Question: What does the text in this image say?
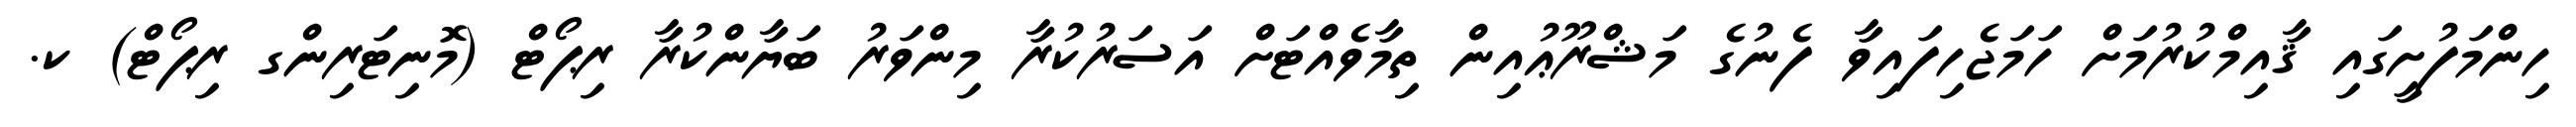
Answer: ހިންމަފުށީގައި ޤާއިމްކުރުމަށް ހަމަޖެހިފައިވާ ފެނުގެ މަޝްރޫޢުއިން ތިމާވެއްޓަށް އަސަރުކުރާ މިންވަރު ބަޔާންކުރާ ރިޕޯޓް (މޮނިޓަރިންގ ރިޕޯޓް) ކ.